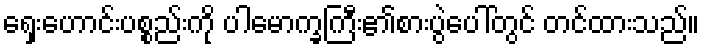
ရှေးဟောင်းပစ္စည်းကို ပါမောက္ခကြီး၏စားပွဲပေါ်တွင် တင်ထားသည်။